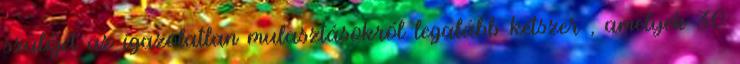
szülőjét az igazolatlan mulasztásokról legalább kétszer , amelyek 30